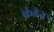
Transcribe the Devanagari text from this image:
कंडेन